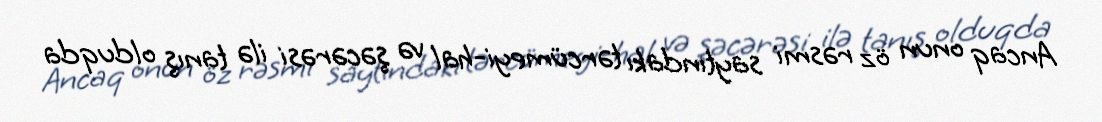
Ancaq onun öz rəsmi saytındakı tərcümeyi-hal və şəcərəsi ilə tanış olduqda